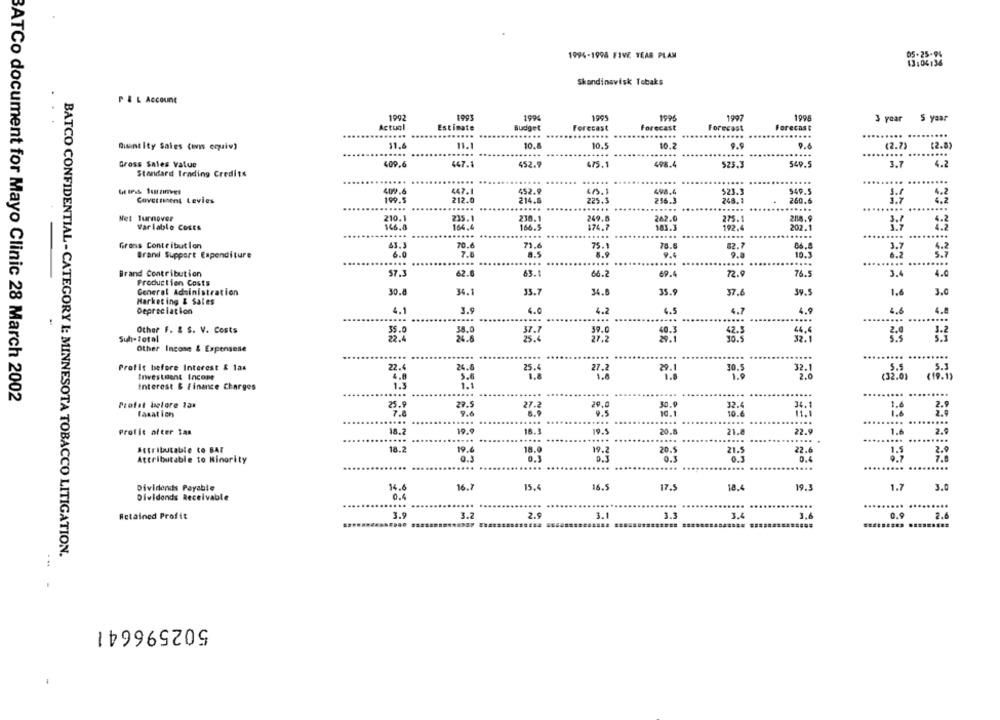
1994-1998 FIVE YEAR PLAN
Skandinavisk Tobaks
P & L Account
1992
1994
1996
1997
1996
3 year S yaar
Actual
Estimate
Budget
Forecast
Forecast
Forecast
Forecast
...
.....
......
...
...
....
Quant Ity Sales (evis equiv)
11.4
11.1
10.8
10.5
10.2
9.9
9.6
(2.7)
(2.8)
Gross Sales Value
409.6
447.1
452.9
475.1
498.4
525.3
549.5
3.7
4.2
Standard Irading Credits
4177.6
447.1
452.9
523.3
549.5
Coverment Levies
199.5
212.0
214.6
225.3
216.3
248.1
260.6
3.7
4,2
....
...
Net Turnover
210.1
235.1
230.1
242.0
275.1
Variable Costs
146.0
164,4
166.
192.4
202.1
.....
....
.....
Girons Contribution
70.6
71.6
75.1
78.6
3.7
63.3
8.5
82.7
66.8
Brand Support Expenditure
7.
8.9
8 .4
10.3
6.2
....
....
...
Brand Contribution
57.3
62.6
63.1
69.4
72.9
76.5
3.4
4.0
66.2
Production Costs
General Administration
30.8
34.1
33.7
34.8
35.
37.6
39.5
1.6
3.0
Marketing & Sales
Depreciation
3.5
4.0
4.2
4.9
4.1
4.5
4.7
4.6
4.8
.....
Other F. & S. V. Costs
35.0
37.7
Suh-Total
22.4
38.0
25.4
27.2
36.5
Other Incone & Expensese
Profit before Interest & lax
24.6
22.
25.
27.2
30.5
32.1
trwvestment Incope
2.0
19. 12
Interest & finance Charges
1.1
...
....
.....
FECICICS
BATCo document for Mayo Clinic 28 March 2002
Profit belore 1ax
25.9
29.5
29.0
32.4
27.2
3.1
Faxat i cry
7.
9.6
10.1
....
....
Profic after tas
19.9
18.3
19.5
20.8
21.8
22.9
18.2
Attributable to BAT
18.2
Attributable to Minority
0.3
.....
....
Dividends Payable
16.7
15.4
16.5
17.5
18.4
19.3
1.7
3.0
Dividends Receivable
.....
....
Retained Profit
3.9
3.7
3.1
3.3
3.4
3.6
....
0.9 2.6
BATCO CONFIDENTIAL - CATEGORY I: MINNESOTA TOBACCO LITIGATION.
. ..
502596641